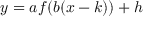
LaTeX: y = a f ( b ( x - k ) ) + h